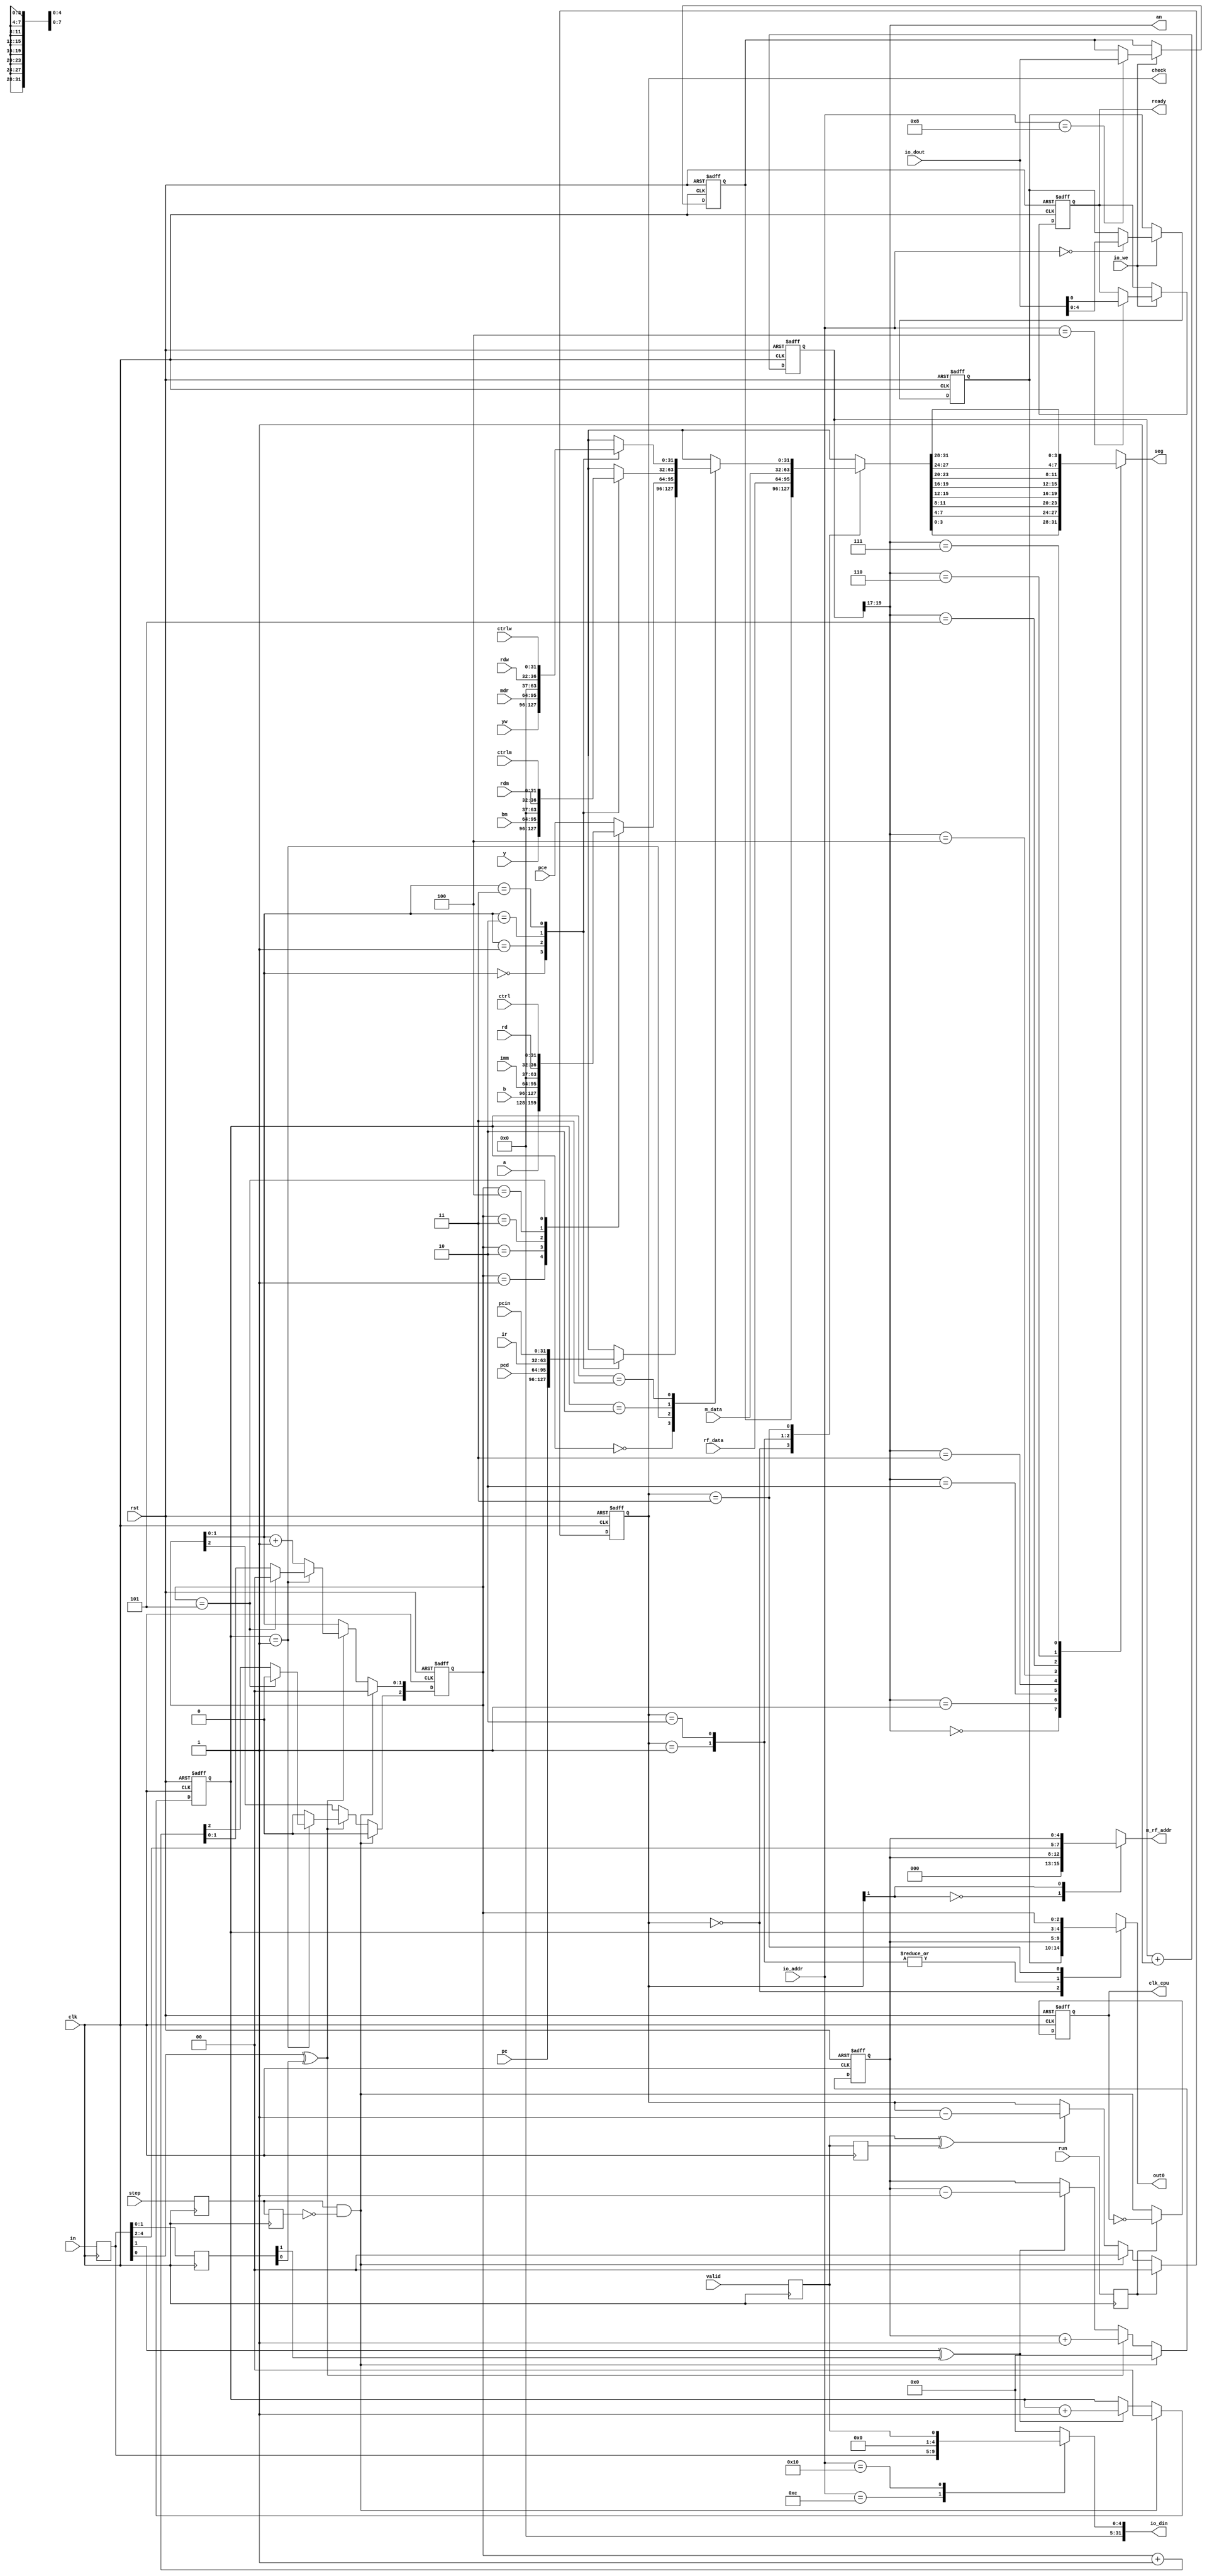
module  pdu(
  input clk,
  input rst,

  //CPU;
  input run, 
  input step,
  output clk_cpu,

  //switch
  input valid,
  input [4:0] in,

  //ledseg 
  output [1:0] check,  //led6-5:
  output [4:0] out0,   //led4-0
  output [2:0] an,     //8
  output [3:0] seg,
  output ready,        //led7

  //IO_BUS
  input [7:0] io_addr,
  input [31:0] io_dout,
  input io_we,
  output [31:0] io_din,

  //Debug_BUS
  output reg[7:0] m_rf_addr,
  input [31:0] rf_data,
  input [31:0] m_data,

  //
  input [31:0] pcin, pc, pcd, pce,
  input [31:0] ir, imm, mdr,
  input [31:0] a, b, y, bm, yw,
  input [4:0]  rd, rdm, rdw,
  input [31:0] ctrl, ctrlm, ctrlw    
);

reg [4:0] in_r, in_2r;    //in
reg run_r, step_r, step_2r, valid_r, valid_2r;
wire step_p, valid_pn;    //
wire pre_pn,next_pn;      //

reg clk_cpu_r;      //CPU
reg [4:0] out0_r;   //
reg [31:0] out1_r;
reg ready_r;
reg [19:0] cnt;     //95Hz
reg [1:0] check_r;  //, 00-01-10-11-plr

reg [7:0] io_din_a; //_aalways
reg [4:0] out0_a;
reg [31:0] out1_a;
reg [3:0] seg_a;

//pre,next
reg [4:0] cnt_m_rf;     //
reg [1:0] cnt_ah_plr;   //
reg [2:0] cnt_al_plr;   //

//
wire [4:0] addr_plr ;  
reg [31:0] plr_data;   

assign clk_cpu = clk_cpu_r;
assign io_din = io_din_a;
assign check = check_r;
assign out0 = out0_a;
assign ready = ready_r;
assign seg = seg_a;
assign an = cnt[19:17];
assign step_p = step_r & ~step_2r;     //
assign valid_pn = valid_r ^ valid_2r;  //
assign pre_pn =in_r[1] ^in_2r[1];      //pre
assign next_pn =in_r[0] ^in_2r[0];     //next

//
always @(posedge clk) begin
  run_r <= run;
  step_r <= step;
  step_2r <= step_r;
  valid_r <= valid;
  valid_2r <= valid_r;
  in_r <= in;   
  in_2r <= in_r;        //in
end

//CPU
always @(posedge clk, posedge rst) begin
  if(rst)
    clk_cpu_r <= 0;
  else if (run_r)
    clk_cpu_r <= ~clk_cpu_r;
  else
    clk_cpu_r <= step_p;
end

//
always @* begin
  case (io_addr)
    8'h0c: io_din_a = {{27{1'b0}}, in_r};
    8'h10: io_din_a = {{31{1'b0}}, valid_r};
    default: io_din_a = 32'h0000_0000;
  endcase
end

//
always @(posedge clk, posedge rst) begin
if (rst) begin
  out0_r <= 5'h1f;
  out1_r <= 32'h1234_5678;
  ready_r <= 1'b1;
end
else if (io_we)
  case (io_addr)
    8'h00: out0_r <= io_dout[4:0];
    8'h04: ready_r <= io_dout[0];
    8'h08: out1_r <= io_dout;
    default: ;
  endcase
end

//pre,next
always @(posedge clk, posedge rst) begin
  if (rst) cnt_m_rf <= 5'b0_0000;
  else if (step_p)
	cnt_m_rf <= 5'b0_0000;
  else if (next_pn)
	cnt_m_rf <= cnt_m_rf + 5'b0_0001;
  else if (pre_pn)
	cnt_m_rf <= cnt_m_rf - 5'b0_0001;
end

//prenext
always @(posedge clk, posedge rst) begin
  if (rst) cnt_ah_plr <= 2'b00;
  else if (step_p)
    cnt_ah_plr <= 2'b00;
  else if (pre_pn)
	cnt_ah_plr <= cnt_ah_plr + 2'b01;
end

always @(posedge clk, posedge rst) begin
  if (rst) cnt_al_plr <= 3'b000;
  else if (step_p)
	cnt_al_plr <= 3'b000;
  else if (next_pn)
	if (cnt_ah_plr==2'b01)
		if (cnt_al_plr == 3'b101)
			cnt_al_plr <= 3'b000;
		else cnt_al_plr <= cnt_al_plr + 3'b001;
	else begin
		cnt_al_plr [2] <= 1'b0;
		cnt_al_plr [1:0] <= cnt_al_plr[1:0] + 2'b01; 
	end
end

assign  addr_plr = {cnt_ah_plr,cnt_al_plr};  //

//
//alwaysassign m_rf_addr = {in_r[4:2],cnt_m_rf};53
always @(*) begin
  case (check_r[1])
    1'b0: 
	  m_rf_addr = {3'b000,cnt_m_rf};
    1'b1:
	  m_rf_addr = {in_r[4:2],cnt_m_rf};   
  endcase
end

//
always @(*)begin
  case (cnt_ah_plr)
  //PC/IF/ID
  2'b00:
      case (cnt_al_plr[1:0])
      2'b00: plr_data = pc;
      2'b01: plr_data = pcd;
      2'b10: plr_data = ir;
      2'b11: plr_data = pcin;
      endcase
   //ID/EX 
   2'b01:
   begin
      case (cnt_al_plr)
      3'b000: plr_data = pce;
      3'b001: plr_data = a;
      3'b010: plr_data = b;
      3'b011: plr_data = imm;
      3'b100: plr_data = {{27{1'b0}},rd};
      3'b101: plr_data = ctrl;
      default: plr_data = pce;
      endcase
    end
    //EX/MEM
    2'b10:
      case (cnt_al_plr[1:0])
      2'b00: plr_data = y;
      2'b01: plr_data = bm;
      2'b10: plr_data = {{27{1'b0}},rdm};
      2'b11: plr_data = ctrlm;
      endcase
    //MEM/WB
    2'b11:
      case (cnt_al_plr[1:0])
      2'b00: plr_data = yw;
      2'b01: plr_data = mdr;
      2'b10: plr_data = {{27{1'b0}},rdw};
      2'b11: plr_data = ctrlw;
      endcase
    endcase
end

//LED
always @(posedge clk, posedge rst) begin
if(rst)
    check_r <= 2'b00;            
  else if(run_r)
    check_r <= 2'b00;
  else if (step_p)
    check_r <= 2'b00;
  else if (valid_pn)
    check_r <= check - 2'b01;
end

//LED
always @(*)begin
  case (check_r)
    2'b00: begin
      out0_a = out0_r;
      out1_a = out1_r;
    end
    2'b01: begin
      out0_a = cnt_m_rf;
      out1_a = rf_data;
    end
    2'b10: begin
      out0_a = cnt_m_rf;
      out1_a = m_data;
    end
    2'b11: begin
      out0_a = addr_plr;
      out1_a = plr_data;    //
    end
  endcase
end

//
always @(posedge clk, posedge rst) begin
  if (rst) cnt <= 20'h0_0000;
  else cnt <= cnt + 20'h0_0001;
end

always @* begin
  case (an)
    3'd0: seg_a = out1_a[3:0];
    3'd1: seg_a = out1_a[7:4];
    3'd2: seg_a = out1_a[11:8];
    3'd3: seg_a = out1_a[15:12];
    3'd4: seg_a = out1_a[19:16];
    3'd5: seg_a = out1_a[23:20];
    3'd6: seg_a = out1_a[27:24];
    3'd7: seg_a = out1_a[31:28];
    default: ;
  endcase
end

endmodule